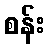
စန်း